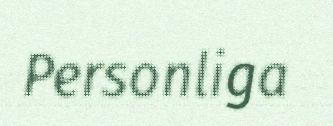
Personliga